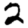
Digit: 2